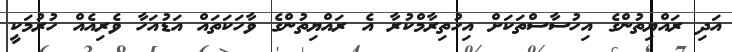
އަދި ރައްޔިތުންގެ އިހުސާސްތަކަށް އިހުތިރާމްކުރާ އެ ރައްޔިތުންގެ ވާހަކަތައް އަޑުއަހާ ވެރިއެއް ހުރުމަކީ